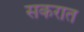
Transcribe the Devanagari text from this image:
सकरात